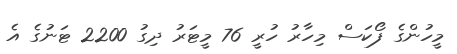
މީހުންގެ ފޯކަސް މިހާރު ހުރީ 76 މީޓަރު ދިގު 2200 ޓަނުގެ އެ